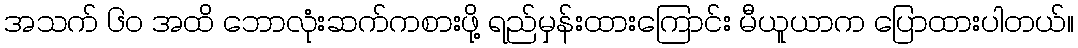
အသက် ၆၀ အထိ ဘောလုံးဆက်ကစားဖို့ ရည်မှန်းထားကြောင်း မီယူယာက ပြောထားပါတယ်။